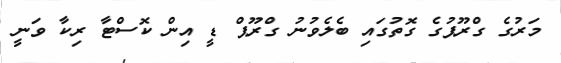
މަރުގެ ގްރޫޕުގެ ގޮތުގައި ބެލެވުނު ގްރޫޕް ޑީ އިން ކޮސްޓާ ރިކާ ވަނީ